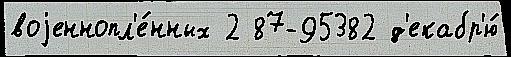
воjеннопл'е́нных 2 87-95382 д'екабр'ю́